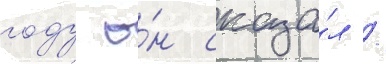
году о́н сказа́л /